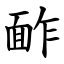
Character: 䩆